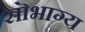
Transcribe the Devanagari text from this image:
सॊभाग्य